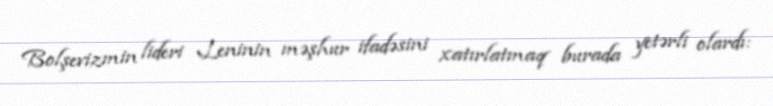
Bolşevizmin lideri Leninin məşhur ifadəsini xatırlatmaq burada yetərli olardı: